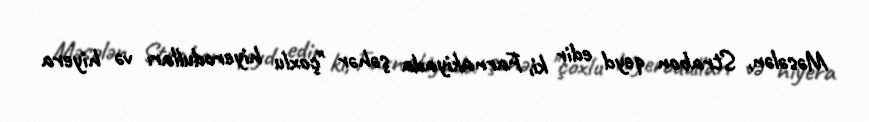
Məsələn, Strabon qeyd edir ki, Farnakiyada şəhər "çoxlu hiyerodulları və hiyera